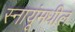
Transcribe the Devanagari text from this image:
स्नायूंमधील